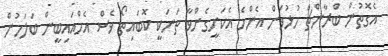
އެގޮތުން ބްރާންޗް ހުޅުވަން އެންމެ އެކަށީގެންވާ ތަނަކީ ކޮބައިތޯ ވެސް އެމްއައިބީން ބަލަމުން